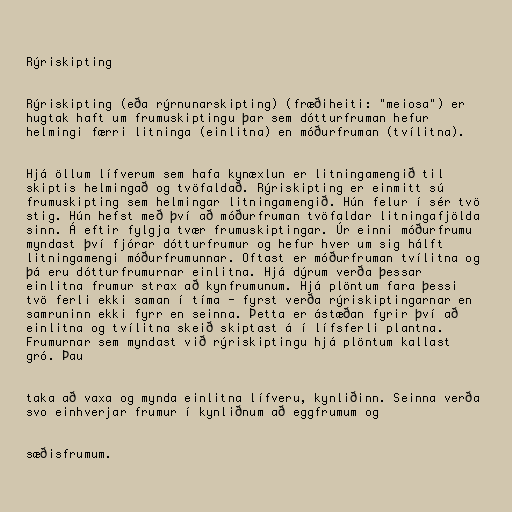
Rýriskipting

Rýriskipting (eða rýrnunarskipting) (fræðiheiti: "meiosa") er
hugtak haft um frumuskiptingu þar sem dótturfruman hefur
helmingi færri litninga (einlitna) en móðurfruman (tvílitna).

Hjá öllum lífverum sem hafa kynæxlun er litningamengið til
skiptis helmingað og tvöfaldað. Rýriskipting er einmitt sú
frumuskipting sem helmingar litningamengið. Hún felur í sér tvö
stig. Hún hefst með því að móðurfruman tvöfaldar litningafjölda
sinn. Á eftir fylgja tvær frumuskiptingar. Úr einni móðurfrumu
myndast því fjórar dótturfrumur og hefur hver um sig hálft
litningamengi móðurfrumunnar. Oftast er móðurfruman tvílitna og
þá eru dótturfrumurnar einlitna. Hjá dýrum verða þessar
einlitna frumur strax að kynfrumunum. Hjá plöntum fara þessi
tvö ferli ekki saman í tíma - fyrst verða rýriskiptingarnar en
samruninn ekki fyrr en seinna. Þetta er ástæðan fyrir því að
einlitna og tvílitna skeið skiptast á í lífsferli plantna.
Frumurnar sem myndast við rýriskiptingu hjá plöntum kallast
gró. Þau

taka að vaxa og mynda einlitna lífveru, kynliðinn. Seinna verða
svo einhverjar frumur í kynliðnum að eggfrumum og

sæðisfrumum.